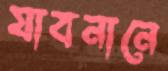
যাবনানে